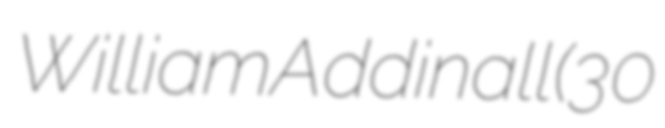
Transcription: William Addinall (30